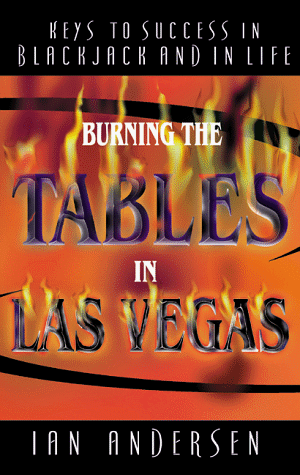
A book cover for Burning The Tables in Las Vegas--Keys to Success in Blackjack and in Life; Ian Andersen; Humor & Entertainment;